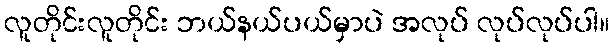
လူတိုင်းလူတိုင်း ဘယ်နယ်ပယ်မှာပဲ အလုပ် လုပ်လုပ်ပါ။